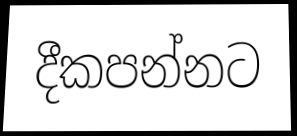
දීකපන්නට